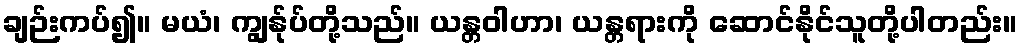
ချဉ်းကပ်၍။ မယံ၊ ကျွန်ုပ်တို့သည်။ ယန္တဝါဟာ၊ ယန္တရားကို ဆောင်နိုင်သူတို့ပါတည်း။